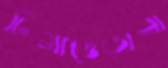
ঢিমাতেতালা